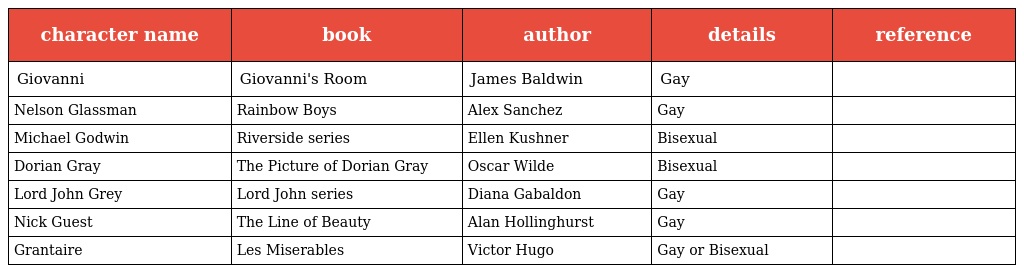
| character name | book | author | details | reference |
 | --- | --- | --- | --- | --- |
 | Giovanni | Giovanni's Room | James Baldwin | Gay |  |
 | Nelson Glassman | Rainbow Boys | Alex Sanchez | Gay |  |
 | Michael Godwin | Riverside series | Ellen Kushner | Bisexual |  |
 | Dorian Gray | The Picture of Dorian Gray | Oscar Wilde | Bisexual |  |
 | Lord John Grey | Lord John series | Diana Gabaldon | Gay |  |
 | Nick Guest | The Line of Beauty | Alan Hollinghurst | Gay |  |
 | Grantaire | Les Miserables | Victor Hugo | Gay or Bisexual |  |